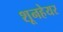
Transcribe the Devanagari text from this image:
शूनहेयर